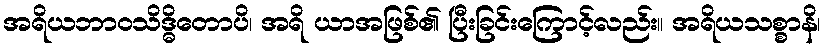
အရိယဘာဝသိဒ္ဓိတောပိ၊ အရိ ယာအဖြစ်၏ ပြီးခြင်းကြောင့်လည်း။ အရိယသစ္စာနိ၊